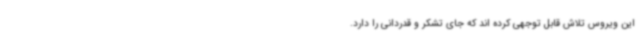
این ویروس تلاش قابل توجهی کرده اند که جای تشکر و قدردانی را دارد.